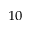
_ { 1 0 }